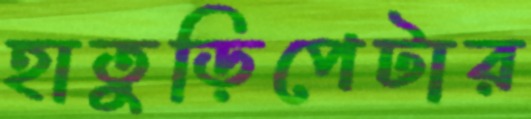
হাতুড়িপেটার